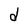
Character: d